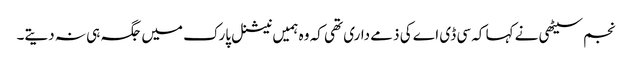
نجم سیٹھی نے کہا کہ سی ڈی اے کی ذمے داری تھی کہ وہ ہمیں نیشنل پارک میں جگہ ہی نہ دیتے۔